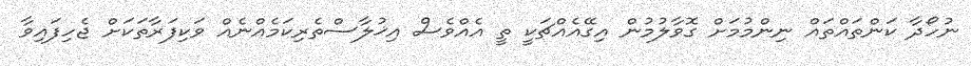
ނުހޯދާ ކަންތައްތައް ނިންމުމަށް ގޮވާލުމުން އިގޭއެއްޗަކީ ތީ އެއްވެސް އިޚުލާސްތެރިކަމެއްނެއް ވަކިފަރާތަކަށް ޖެހިފައިވާ